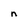
Character: n